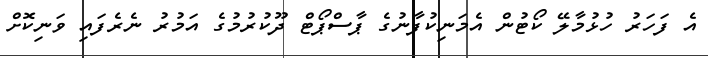
އެ ފަހަރު ހުޅުމާލޭ ކޯޓުން އެމަނިކުފާނުގެ ޕާސްޕޯޓް ދޫކުރުމުގެ އަމުރު ނެރެފައި ވަނިކޮށް